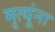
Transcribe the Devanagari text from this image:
मृत्यूंना